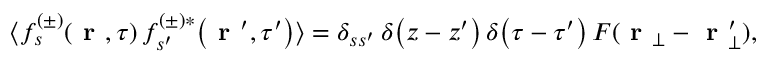
\langle f _ { s } ^ { ( \pm ) } \! \left( \textbf { r } , \tau \right) f _ { s ^ { \prime } } ^ { ( \pm ) * } \! \left( \textbf { r } ^ { \prime } , \tau ^ { \prime } \right) \rangle = \delta _ { s s ^ { \prime } } \, \delta \! \left( z - z ^ { \prime } \right) \delta \! \left( \tau - \tau ^ { \prime } \right) F ( \textbf { r } _ { \bot } - \textbf { r } _ { \bot } ^ { \prime } ) ,